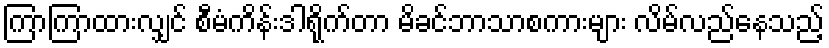
ကြာကြာထားလျှင် စီမံကိန်းဒါရိုက်တာ မိခင်ဘာသာစကားများ လိမ်လည်နေသည့်